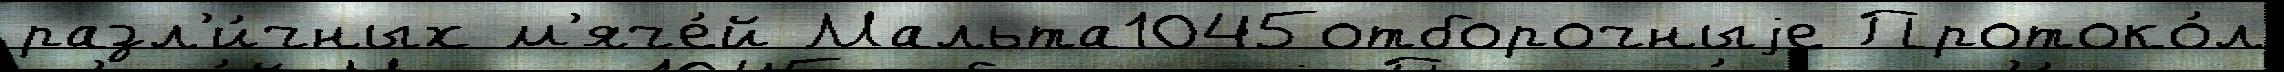
разл'и́чных м'яче́й Мальта1045отборочныjе Протоко́л